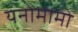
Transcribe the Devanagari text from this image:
यनोमामो